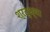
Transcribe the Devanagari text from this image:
श्रद्ध्या